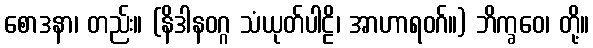
စောဒနာ၊ တည်း။ (နိဒါနဝဂ္ဂ သံယုတ်ပါဠိ၊ အာဟာရဝဂ်။) ဘိက္ခဝေ၊ တို့။